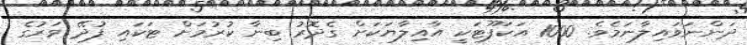
ދަންނަވައިލާނަމެވެ. 1000 އަކަފޫޓަކީ އާއިލާޔަކަށް ގެދޮރު ބިނާ ކުރުމަށް ޓަކައި ފުދޭ ވަރުގެ